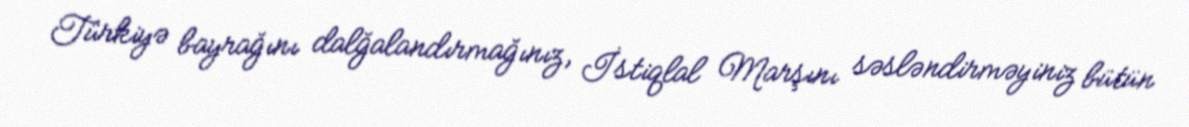
Türkiyə bayrağını dalğalandırmağınız, İstiqlal Marşını səsləndirməyiniz bütün